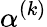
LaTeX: \alpha^{(k)}